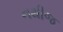
નથીજ